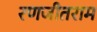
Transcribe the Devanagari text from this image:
रणजीतराम